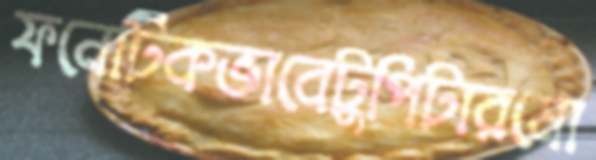
ফনেটিকভাবেটুপিটারমো